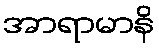
အာရာမာနိ